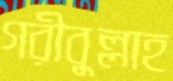
গরীবুল্লাহ